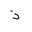
Letter: _thal